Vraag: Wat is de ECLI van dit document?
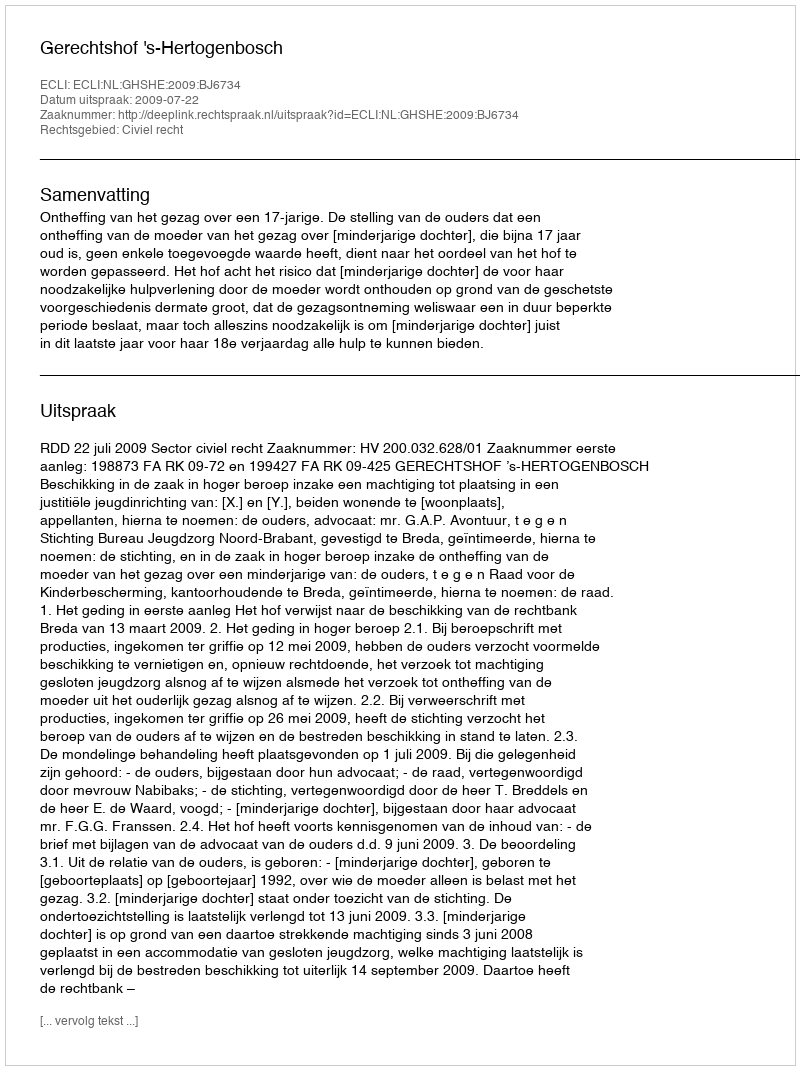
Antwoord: ECLI:NL:GHSHE:2009:BJ6734